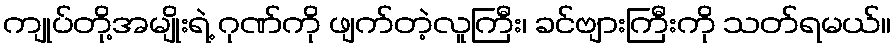
ကျုပ်တို့အမျိုးရဲ့ ဂုဏ်ကို ဖျက်တဲ့လူကြီး၊ ခင်ဗျားကြီးကို သတ်ရမယ်။